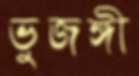
ভুজঙ্গী